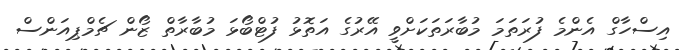
އިސްހާގް އެންމެ ފުރަތަމަ މުބާރަތަކަށްވީ އޭރުގެ އަތޮޅު ފުޓްބޯޅަ މުބާރާތް ޒޯން ޗެމްޕިއަންސް